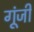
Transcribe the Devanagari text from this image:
गूंजी